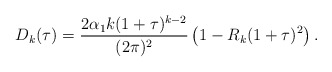
\begin{align*}D_{k}(\tau)=\frac{2\alpha_{1}k(1+\tau)^{k-2}}{(2\pi)^{2}}\left(1-R_{k}(1+\tau)^{2}\right).\end{align*}